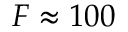
F \approx 1 0 0